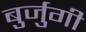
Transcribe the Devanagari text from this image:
बुर्जुगी